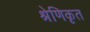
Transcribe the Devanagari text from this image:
श्रेणिकृत